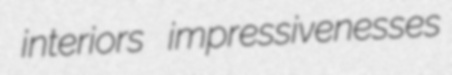
interiors impressivenesses